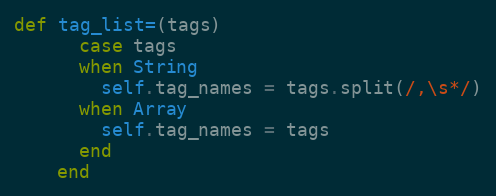
Language: Ruby
def tag_list=(tags)
      case tags
      when String
        self.tag_names = tags.split(/,\s*/)
      when Array
        self.tag_names = tags
      end
    end